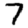
Digit: 7